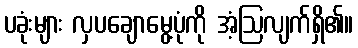
ပခုံးများ လှပချောမွေ့ပုံကို အံ့ဩလျက်ရှိ၏။